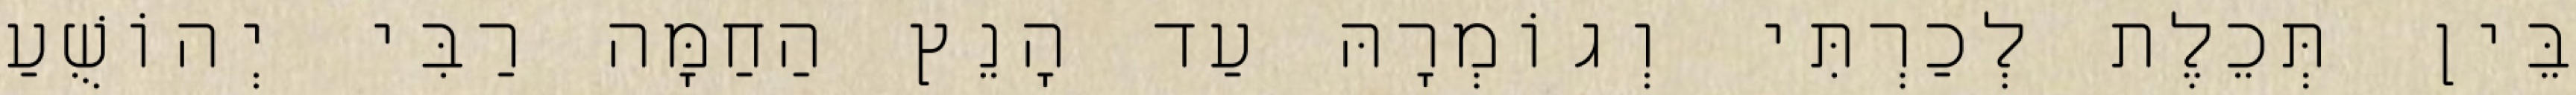
בֵּין תְּכֵלֶת לְכַרְתִּי וְגוֹמְרָהּ עַד הָנֵץ הַחַמָּה רַבִּי יְהוֹשֻׁעַ